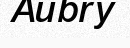
Aubry